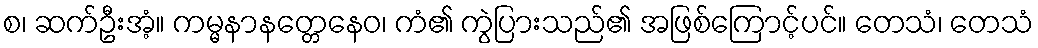
စ၊ ဆက်ဦးအံ့။ ကမ္မနာနတ္တေနေဝ၊ ကံ၏ ကွဲပြားသည်၏ အဖြစ်ကြောင့်ပင်။ တေသံ၊ တေသံ